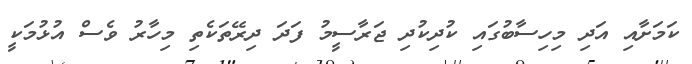
ކަމަށާއި އަދި މިހިސާބުގައި ކުދިކުދި ޖަރާސީމު ފަދަ ދިރޭތަކެތި މިހާރު ވެސް އުޅުމަކީ